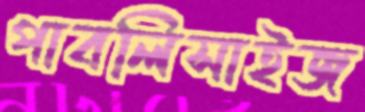
পাবলিসাইজ